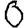
Digit: 0